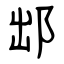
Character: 䢺